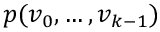
p ( v _ { 0 } , \ldots , v _ { k - 1 } )